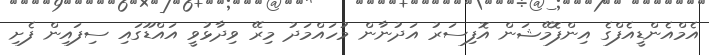
އެމްއެންޑީއެފްގެ އިންފޮމޭޝަން އޮފިސަރު އަދުނާން މުހައްމަދު މިރޭ ވިދާޅުވީ އައްޑޫގައި ސިފައިން ފެށި